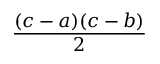
\frac { ( c - a ) ( c - b ) } { 2 }